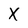
Character: X